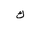
Letter: _kaf